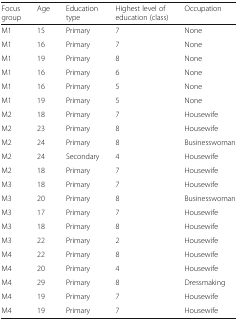
| Focus group | Age | Education type | Highest level of education (class) | Occupation |
 | --- | --- | --- | --- | --- |
 | M1 | 15 | Primary | 7 | None |
 | M1 | 16 | Primary | 7 | None |
 | M1 | 19 | Primary | 8 | None |
 | M1 | 16 | Primary | 6 | None |
 | M1 | 16 | Primary | 5 | None |
 | M1 | 19 | Primary | 5 | None |
 | M2 | 18 | Primary | 7 | Housewife |
 | M2 | 23 | Primary | 8 | Housewife |
 | M2 | 24 | Primary | 8 | Businesswoman |
 | M2 | 24 | Secondary | 4 | Housewife |
 | M2 | 18 | Primary | 7 | Housewife |
 | M3 | 18 | Primary | 7 | Housewife |
 | M3 | 20 | Primary | 8 | Businesswoman |
 | M3 | 17 | Primary | 7 | Housewife |
 | M3 | 18 | Primary | 8 | Housewife |
 | M3 | 22 | Primary | 2 | Housewife |
 | M4 | 22 | Primary | 8 | Housewife |
 | M4 | 20 | Primary | 4 | Housewife |
 | M4 | 29 | Primary | 8 | Dressmaking |
 | M4 | 19 | Primary | 7 | Housewife |
 | M4 | 19 | Primary | 7 | Housewife |